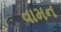
વામન